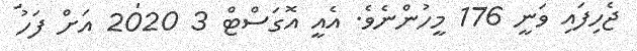
ޖެހިފައި ވަނީ 176 މީހުންނެވެ. އެއީ އޮގަސްޓް 3 2020 އަށް ފަހު